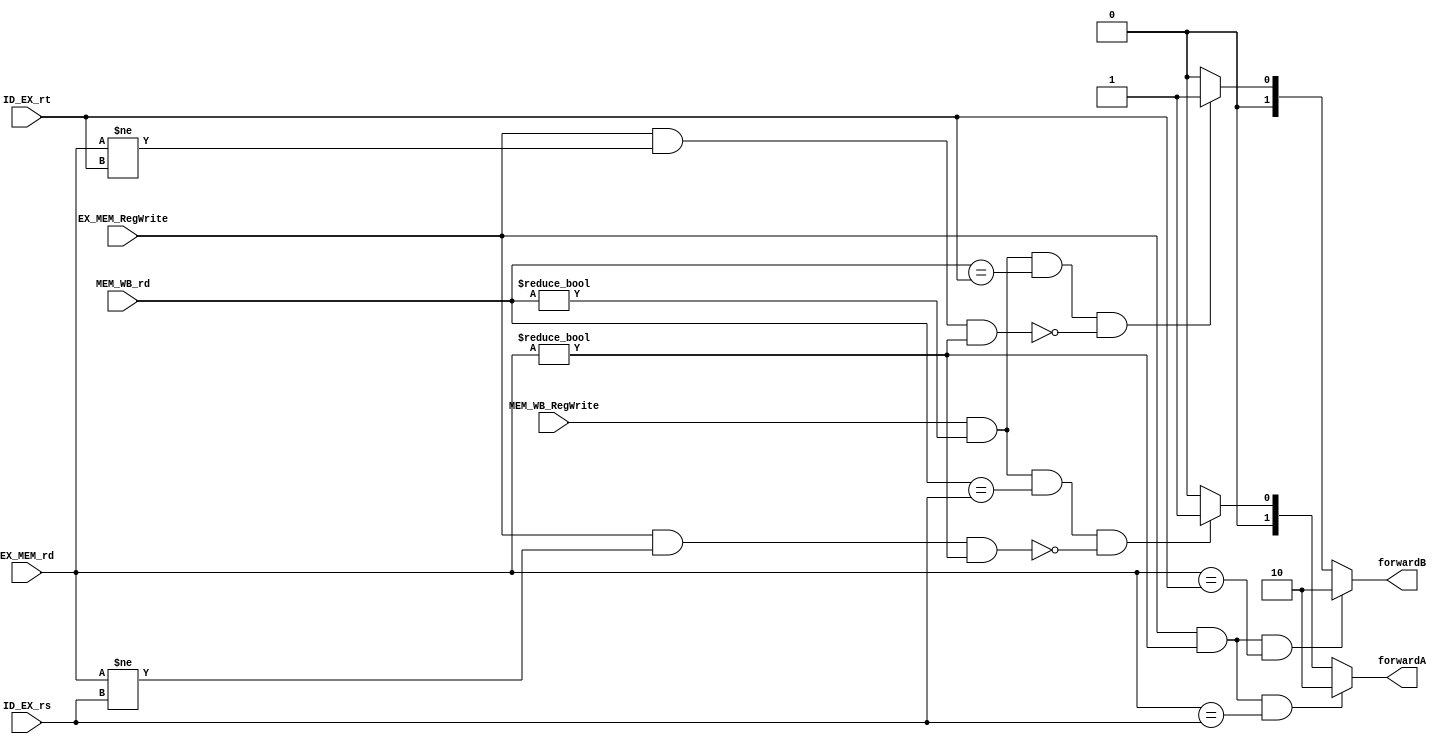
/* 
 * MIPS forwarding unit
 * Detects and handles Data hazards by ALU-ALU forwarding
 * 
 * Output: 
 * - ForwardA
 * - ForwardB
 *
 * Inputs:
 * - ID_EX_rs
 * - ID_EX_rt
 * - EX_MEM_rd
 * - MEM_WB_rd
 * - MEM_WB_RegWrite 
 *
 */


module forwardingUnit (forwardA, forwardB, ID_EX_rs, ID_EX_rt, EX_MEM_rd, MEM_WB_rd, MEM_WB_RegWrite, EX_MEM_RegWrite);

	output reg[1:0] forwardA, forwardB;
	input [4:0] ID_EX_rs, ID_EX_rt, EX_MEM_rd, MEM_WB_rd;
	input MEM_WB_RegWrite, EX_MEM_RegWrite;
	always @(ID_EX_rs or ID_EX_rt or EX_MEM_rd or MEM_WB_rd or MEM_WB_RegWrite or EX_MEM_RegWrite) begin
		
		if(EX_MEM_RegWrite && EX_MEM_rd != 0 && EX_MEM_rd == ID_EX_rs)
			forwardA = 2'b10;
		else if(MEM_WB_RegWrite && MEM_WB_rd != 0 && MEM_WB_rd == ID_EX_rs && 
				!(EX_MEM_RegWrite && EX_MEM_rd != ID_EX_rs && EX_MEM_rd != 0))
			forwardA = 2'b01;
		else
			forwardA = 2'b00;

		if(EX_MEM_RegWrite && EX_MEM_rd != 0 && EX_MEM_rd == ID_EX_rt)
			forwardB = 2'b10;
		
		else if(MEM_WB_RegWrite && MEM_WB_rd != 0 && MEM_WB_rd == ID_EX_rt && 
		  !(EX_MEM_RegWrite && EX_MEM_rd != ID_EX_rt && EX_MEM_rd != 0))
			forwardB = 2'b01;
		else
			forwardB = 2'b00;
		

	end
endmodule